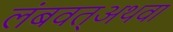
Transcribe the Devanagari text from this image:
लंबवत्अथवा